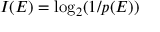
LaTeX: I ( E ) = \log _ { 2 } ( 1 / p ( E ) )